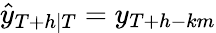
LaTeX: {\hat{y}}_{T+h|T}=y_{T+h-km}